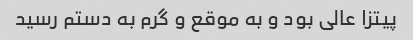
پیتزا عالی بود و به موقع و گرم به دستم رسید